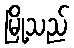
မြို့သည်